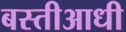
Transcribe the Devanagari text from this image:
बस्तीआधी